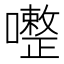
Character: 𱕠